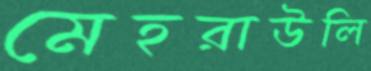
মেহরাউলি